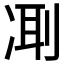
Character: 𠗜